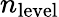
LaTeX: n_{\mathrm{level}}